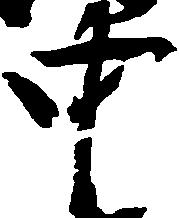
中